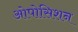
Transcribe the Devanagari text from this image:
ओपोसिशन